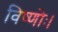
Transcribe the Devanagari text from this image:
विष्णोः।